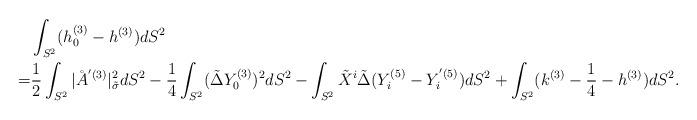
LaTeX: \begin{align*} &\int_{S^2} (h_0^{(3)} - h^{(3)}) dS^2 \\= & \frac{1}{2}\int_{S^2} |\AA^{'(3)}|^2_{\tilde{\sigma}} dS^2-\frac{1}{4}\int_{S^2} (\tilde{\Delta}Y_0^{(3)})^2 dS^2-\int_{S^2} \tilde X^i \tilde{\Delta}(Y_i^{(5)}-Y_i^{'(5)}) dS^2+\int_{S^2} (k^{(3)}- \frac{1}{4} - h^{(3)}) dS^2.\end{align*}